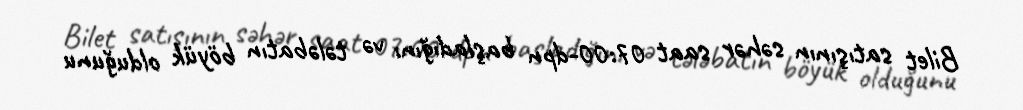
Bilet satışının səhər saat 07:00-dpn başladığını və tələbatın böyük olduğunu